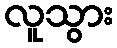
လူသွား